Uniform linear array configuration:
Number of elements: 8
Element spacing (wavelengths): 1
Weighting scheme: hamming
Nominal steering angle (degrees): -60
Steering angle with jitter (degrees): -61.135
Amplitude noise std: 0.05
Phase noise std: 0.05

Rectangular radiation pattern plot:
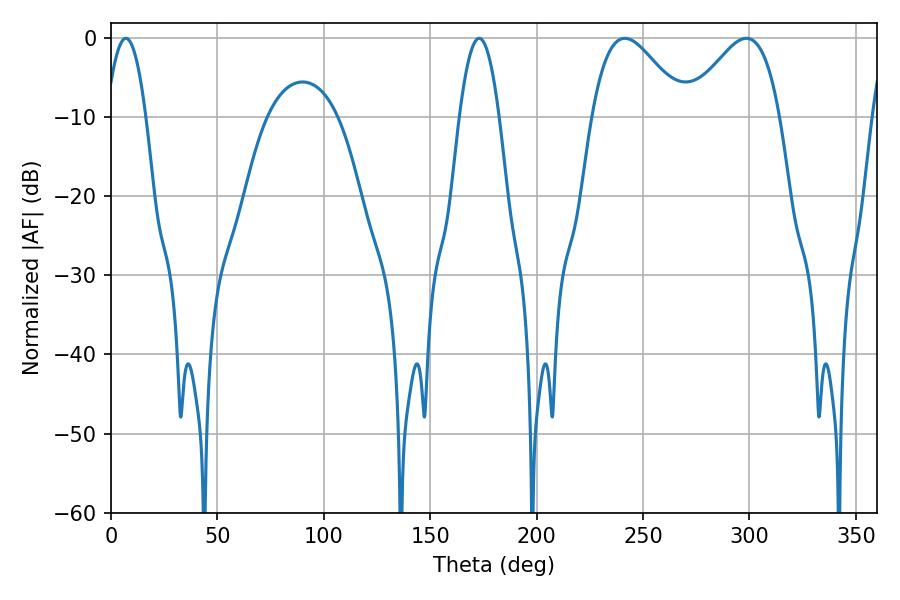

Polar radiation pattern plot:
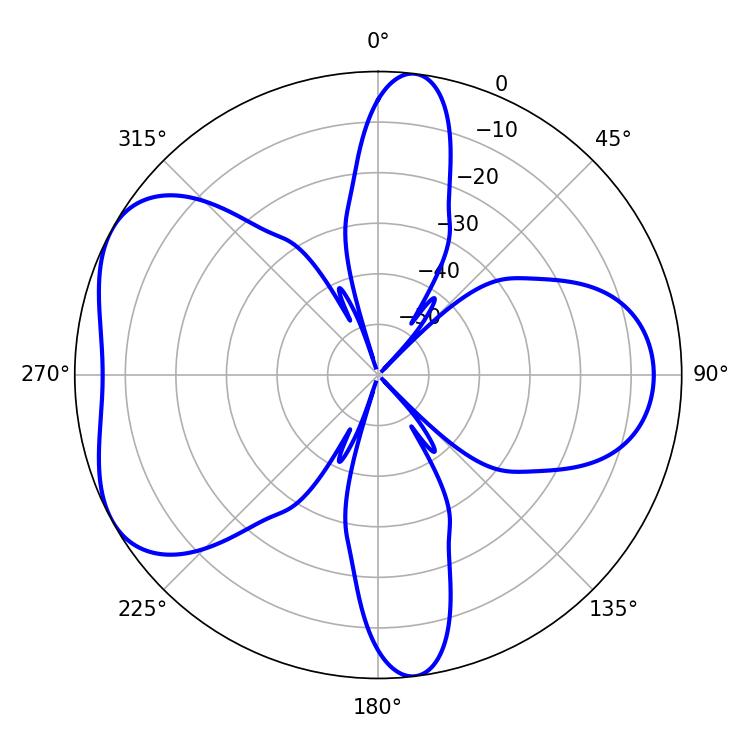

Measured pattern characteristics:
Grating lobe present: TRUE
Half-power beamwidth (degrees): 23.22
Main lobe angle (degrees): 241.38